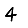
Digit: 4